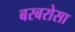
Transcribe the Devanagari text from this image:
बरबरोसा